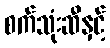
စက်သုံးဆီနှင့်